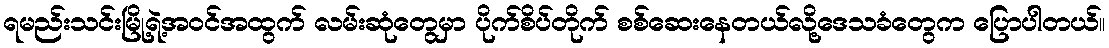
ရမည်းသင်းမြို့ရဲ့အဝင်အထွက် လမ်းဆုံတွေမှာ ပိုက်စိပ်တိုက် စစ်ဆေးနေတယ်လို့ဒေသခံတွေက ပြောပါတယ်။